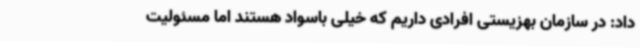
داد: در سازمان بهزیستی افرادی داریم که خیلی باسواد هستند اما مسئولیت